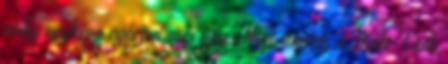
pedig végképp egészen más ügy. Mint ismert, a Buda-Cash